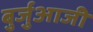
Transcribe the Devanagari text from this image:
बुर्जुआजी